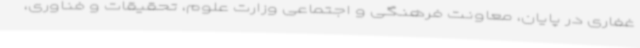
غفاری در پایان، معاونت فرهنگی و اجتماعی وزارت علوم، تحقیقات و فناوری،